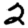
Digit: 2